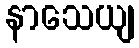
နာသေယျ